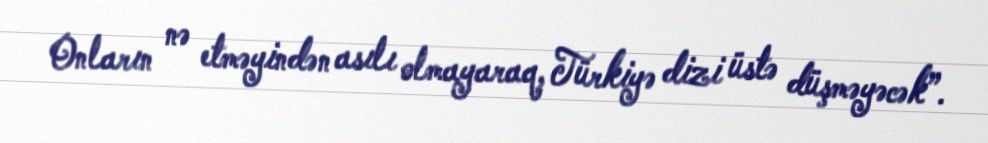
Onların nə etməyindən asılı olmayaraq, Türkiyə dizi üstə düşməyəcək”.